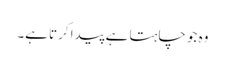
وہ جو چاہتا ہے پیدا کرتا ہے۔